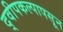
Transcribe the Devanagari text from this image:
द्वीपकल्पापसून